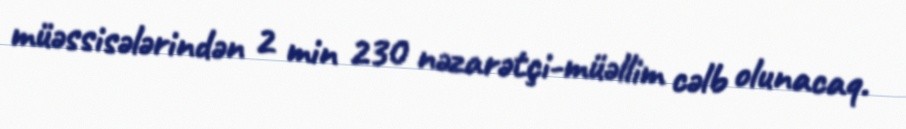
müəssisələrindən 2 min 230 nəzarətçi-müəllim cəlb olunacaq.